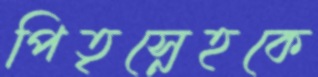
পিতৃস্নেহকে